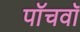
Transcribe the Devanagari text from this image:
पाॅचवाॅ